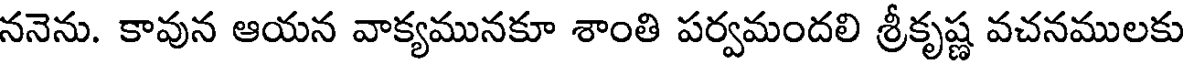
ననెను. కావున ఆయన వాక్యమునకూ శాంతి పర్వమందలి శ్రీకృష్ణ వచనములకు